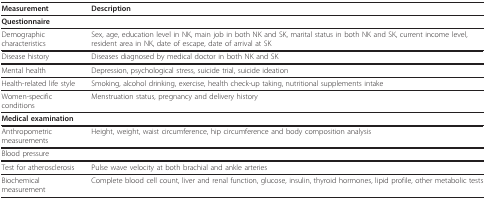
<table><thead><tr><td><b>Measurement</b></td><td><b>Description</b></td></tr></thead><tbody><tr><td><b>Questionnaire</b></td><td></td></tr><tr><td>Demographic characteristics</td><td>Sex, age, education level in NK, main job in both NK and SK, marital status in both NK and SK, current income level, resident area in NK, date of escape, date of arrival at SK</td></tr><tr><td>Disease history</td><td>Diseases diagnosed by medical doctor in both NK and SK</td></tr><tr><td>Mental health</td><td>Depression, psychological stress, suicide trial, suicide ideation</td></tr><tr><td>Health-related life style</td><td>Smoking, alcohol drinking, exercise, health check-up taking, nutritional supplements intake</td></tr><tr><td>Women-specific conditions</td><td>Menstruation status, pregnancy and delivery history</td></tr><tr><td><b>Medical examination</b></td><td></td></tr><tr><td>Anthropometric measurements</td><td>Height, weight, waist circumference, hip circumference and body composition analysis</td></tr><tr><td>Blood pressure</td><td></td></tr><tr><td>Test for atherosclerosis</td><td>Pulse wave velocity at both brachial and ankle arteries</td></tr><tr><td>Biochemical measurement</td><td>Complete blood cell count, liver and renal function, glucose, insulin, thyroid hormones, lipid profile, other metabolic tests</td></tr></tbody></table>